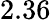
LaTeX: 2.36